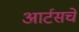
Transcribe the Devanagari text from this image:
आर्टसचे